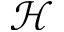
\mathcal { H }